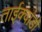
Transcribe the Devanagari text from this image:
ताईक्वांडो